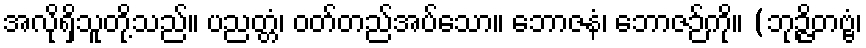
အလိုရှိသူတို့သည်။ ပညတ္တံ၊ ဝတ်တည်အပ်သော။ ဘောဇနံ၊ ဘောဇဉ်ကို။ (ဘုဉ္ဇိတဗ္ဗံ၊